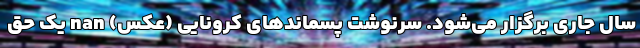
سال جاری برگزار می‌شود. سرنوشت پسماند‌های کرونایی (عکس) nan یک حق